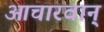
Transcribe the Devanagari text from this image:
आचारवान्